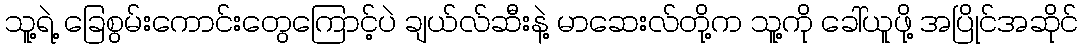
သူ့ရဲ့ ခြေစွမ်းကောင်းတွေကြောင့်ပဲ ချယ်လ်ဆီးနဲ့ မာဆေးလ်တို့က သူ့ကို ခေါ်ယူဖို့ အပြိုင်အဆိုင်